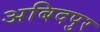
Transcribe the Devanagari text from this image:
अबिदपुर